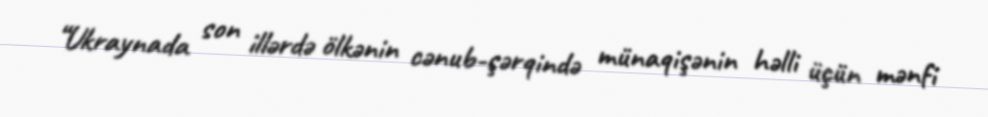
“Ukraynada son illərdə ölkənin cənub-şərqində münaqişənin həlli üçün mənfi